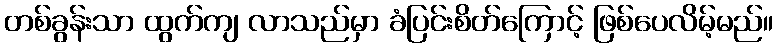
တစ်ခွန်းသာ ထွက်ကျ လာသည်မှာ ခံပြင်းစိတ်ကြောင့် ဖြစ်ပေလိမ့်မည်။